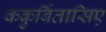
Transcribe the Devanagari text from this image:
ककुर्बितासिए